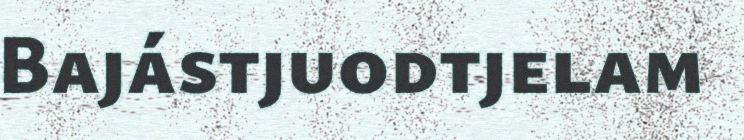
Bajástjuodtjelam